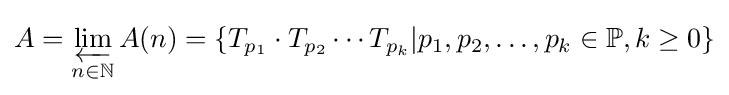
A=\varprojlim _{n\in \mathbb {N} }A(n)=\left\lbrace T_{p_{1}}\cdot T_{p_{2}}\cdots T_{p_{k}}|p_{1},p_{2},\dots ,p_{k}\in \mathbb {P} ,k\geq 0\right\rbrace